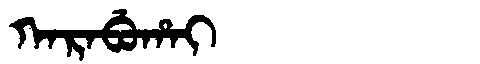
Manchu: ᡴᠠᡵᠠᠪᡠᡥᠠᡳ
Romanization: KARABUHAI